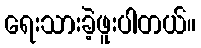
ရေးသားခဲ့ဖူးပါတယ်။